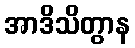
အာဒိသိတွာန